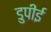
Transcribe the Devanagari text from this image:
डुपीई